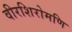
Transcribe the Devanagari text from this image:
वीरशिरोमणि